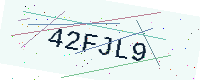
Text: 42FJL9